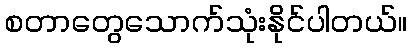
စတာတွေသောက်သုံးနိုင်ပါတယ်။